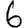
Digit: 6